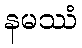
နမဿံ